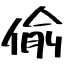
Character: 偸